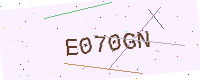
Text: E070GN